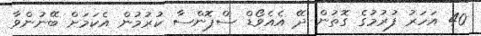
40 އަހަރު ފުރުމުގެ ގޮތުން ދޭ އެއެވޯޑް ސްޕޮންސާ ކުރުމުން އެކަމަށް ބޭނުންވާ